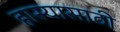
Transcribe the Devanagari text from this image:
हास्यासाठी